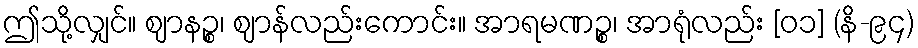
ဤသို့လျှင်။ ဈာနဉ္စ၊ ဈာန်လည်းကောင်း။ အာရမဏဉ္စ၊ အာရုံလည်း [၀၁] (နိ-၉၄)